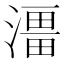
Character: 𭲔